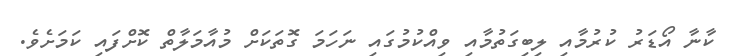
ކާނާ އޯޑަރު ކުރުމާއި ލިބިގަތުމާއި ވިއްކުމުގައި ނަހަމަ ގޮތަކަށް މުއާމަލާތް ކޮށްފައި ކަމަށެވެ.